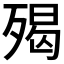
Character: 𣨵